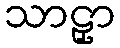
သာဠှာ